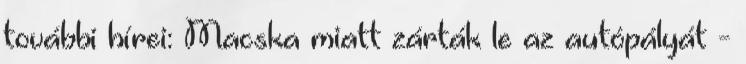
további hírei: Macska miatt zárták le az autópályát -